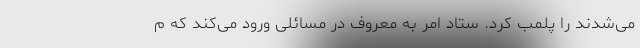
می‌شدند را پلمب کرد. ستاد امر به معروف در مسائلی ورود می‌کند که م